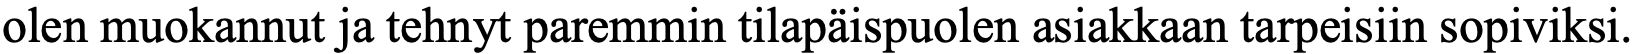
olen muokannut ja tehnyt paremmin tilapäispuolen asiakkaan tarpeisiin sopiviksi.